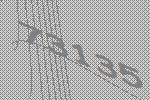
73135